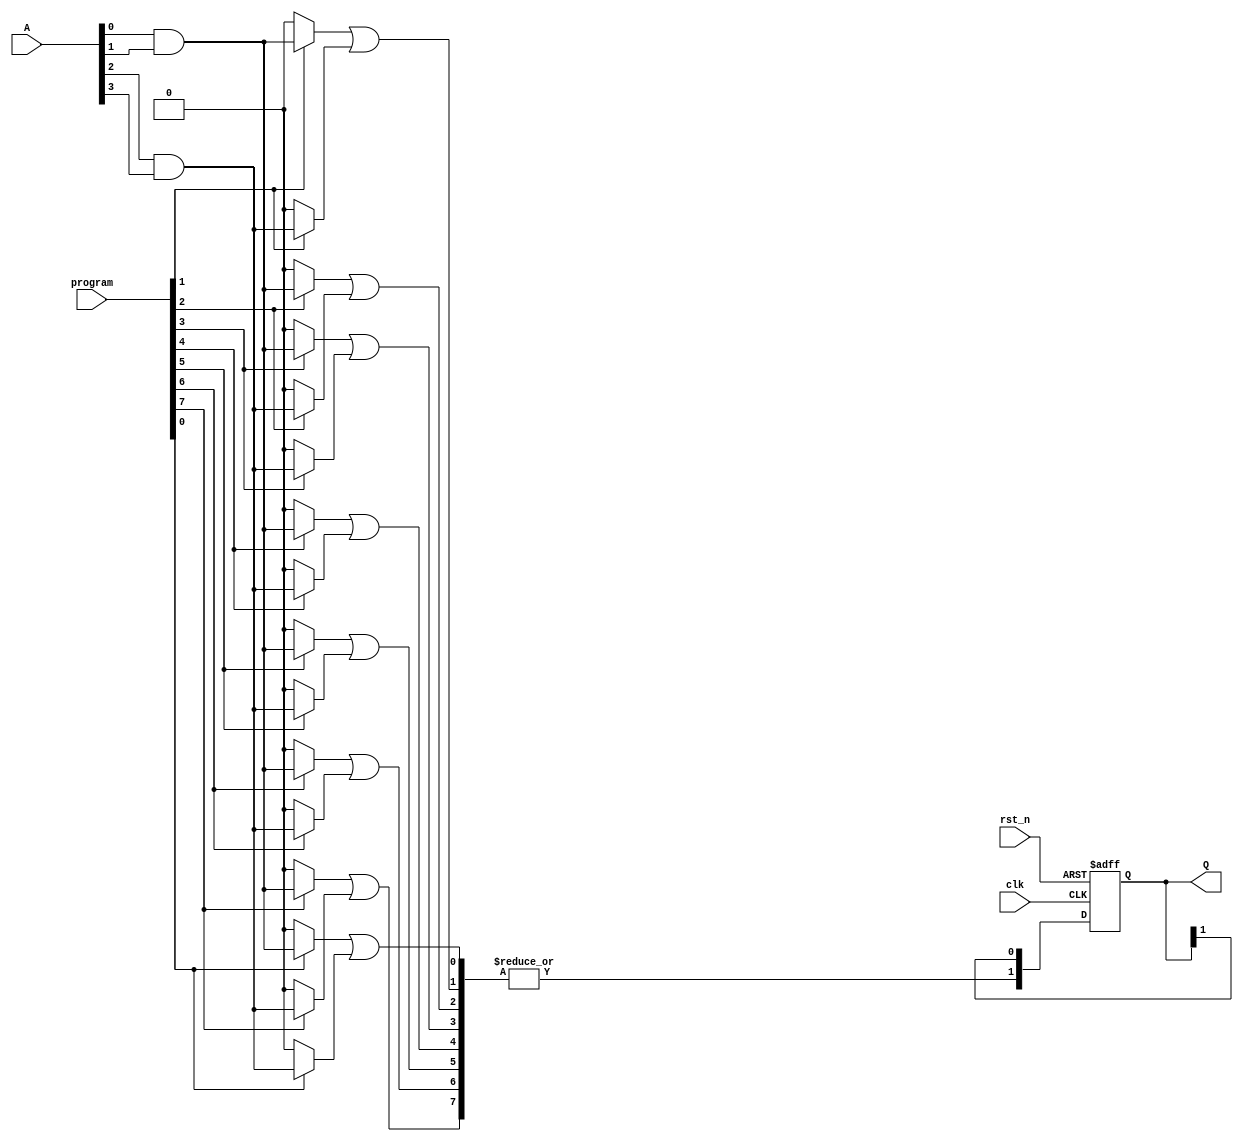
module RPAL #(parameter n = 4, // Number of inputs
              parameter m = 2, // Number of outputs (flip-flops)
              parameter p = 8) // Number of product terms
(
    input wire clk,                  // Clock input
    input wire rst_n,                // Active low reset
    input wire [n-1:0] A,            // Input signals
    input wire [p-1:0] program,      // Programming signals for AND array
    output reg [m-1:0] Q             // Registered outputs
);

// Internal wires for product terms
wire [p-1:0] product_terms;

// Programmable AND array
genvar i, j;
generate
    for (i = 0; i < p; i = i + 1) begin : and_array
        assign product_terms[i] = (program[i] ? (A[0] & A[1]) : 1'b0) | // Example: AND of A[0] and A[1]
                                   (program[i] ? (A[2] & A[3]) : 1'b0); // Example: AND of A[2] and A[3]
    end
endgenerate

// Fixed OR array
wire or_output;
assign or_output = |product_terms; // OR of all product terms

// Register section
always @(posedge clk or negedge rst_n) begin
    if (!rst_n) begin
        Q <= {m{1'b0}}; // Asynchronous reset
    end else begin
        Q <= {or_output, Q[m-1:1]}; // Shift in the new output
    end
end

endmodule